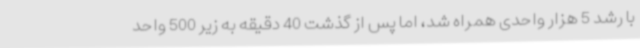
با رشد 5 هزار واحدی همراه شد، اما پس از گذشت 40 دقیقه به زیر 500 واحد